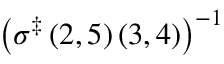
\left( \sigma ^ { \ddag } \left( 2 , 5 \right) \left( 3 , 4 \right) \right) ^ { - 1 }